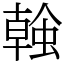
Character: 螒